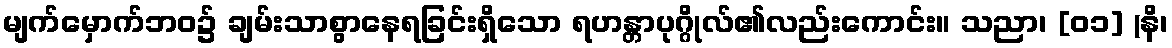
မျက်မှောက်ဘဝ၌ ချမ်းသာစွာနေရခြင်းရှိသော ရဟန္တာပုဂ္ဂိုလ်၏လည်းကောင်း။ သညာ၊ [၀၁] (နိ၊